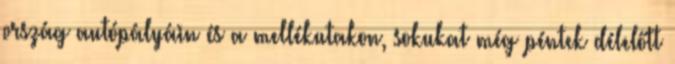
ország autópályáin és a mellékutakon, sokukat még péntek délelőtt